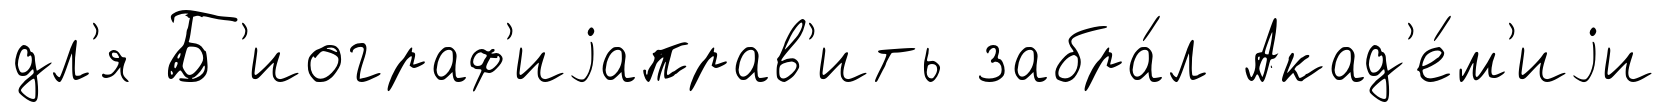
дл'я Б'иограф'иjаправ'ить забра́л Акад'е́м'иjи